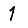
Digit: 1